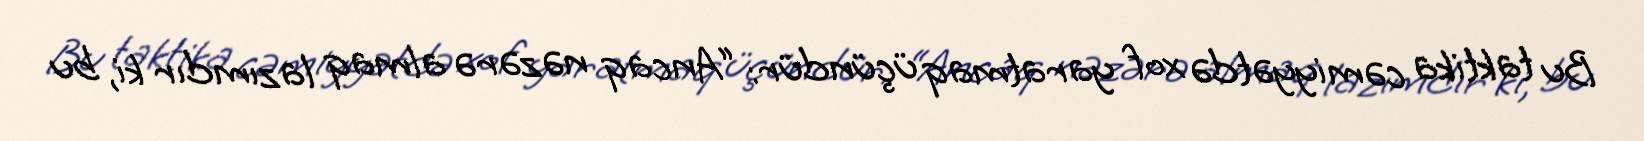
Bu taktika cəmiyyətdə xof yaratmaq üçündür: “Ancaq nəzərə almaq lazımdır ki, bu